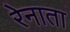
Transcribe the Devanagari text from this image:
रेनाता